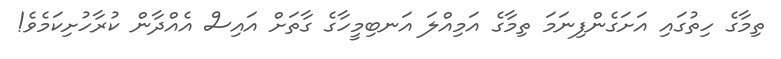
ތިމާގެ ހިތުގައި އަށަގެންފިނަމަ ތިމާގެ އަމިއްލަ އަނބިމީހާގެ ގާތަށް އައިސް އެއްދާން ކުރާހުށިކަމެވެ!